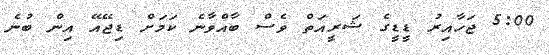
5:00 ޖަހާއިރު ޑީޑީގެ ޝަރީއަތް ވެސް ބާއްވާނެ ކަމަށް ޑިޖޭއޭ އިން ބުނެ